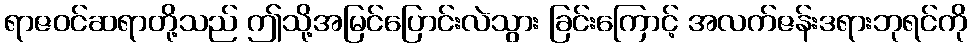
ရာဇဝင်ဆရာတို့သည် ဤသို့အမြင်ပြောင်းလဲသွား ခြင်းကြောင့် အလက်ဇန်းဒရားဘုရင်ကို